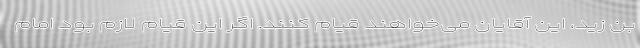
بن زید،‌ این آقایان می‌خواهند قیام کنند. اگر این قیام لازم بود امام